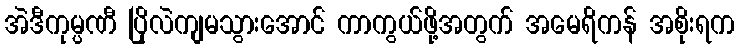
အဲဒီကုမ္ပဏီ ပြိုလဲကျမသွားအောင် ကာကွယ်ဖို့အတွက် အမေရိကန် အစိုးရက